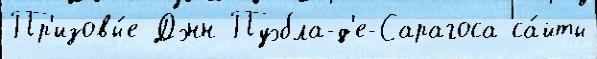
Пр'изовы́е Дэнн Пуэбла-д'е-Сарагоса са́йты